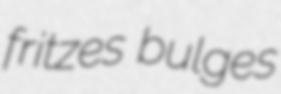
fritzes bulges